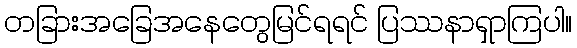
တခြားအခြေအနေတွေမြင်ရရင် ပြဿနာရှာကြပါ။